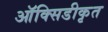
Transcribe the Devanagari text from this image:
ऑक्सिडीकृत